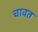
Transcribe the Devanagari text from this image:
चावत